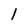
Character: l